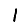
Digit: 1